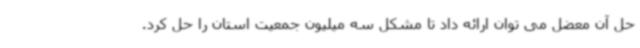
حل آن معضل می توان ارائه داد تا مشکل سه میلیون جمعیت استان را حل کرد.